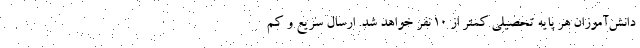
دانش‌آموزان هر پایه تحصیلی کمتر از ۱۰ نفر خواهد شد. ارسال سریع و کم